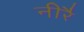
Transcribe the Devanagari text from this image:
नीरै